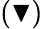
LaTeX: (\blacktriangledown)